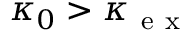
\kappa _ { 0 } > \kappa _ { \mathrm { ~ e ~ x ~ } }